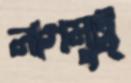
নাগমুট্র্